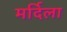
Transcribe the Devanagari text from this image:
मर्दिला